Document type: Dowry acquittance
Year: 1240
Scribe: Pere de Bages
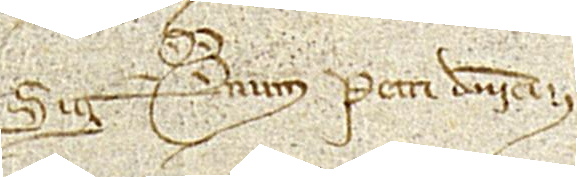
Sig(signe)num Petri Dominici.